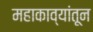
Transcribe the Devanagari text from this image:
महाकाव्यांतून